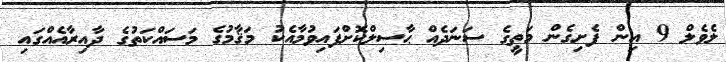
ލެވެލް 9 އިން ފެށިގެން މަތީގެ ސަނަދެއް ޙާސިލްކޮށްފައިވުމާއެކު މަޤާމުގެ މަސައްކަތުގެ ދާއިރާއެއްގައި